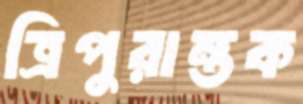
ত্রিপুরান্তক